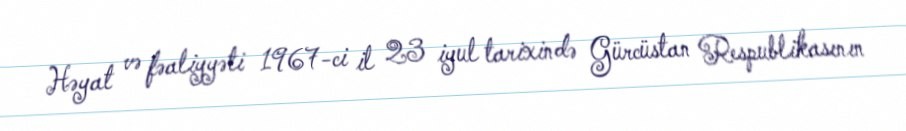
Həyat və fəaliyyəti 1967-ci il 23 iyul tarixində Gürcüstan Respublikasının